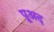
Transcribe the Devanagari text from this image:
पूअद